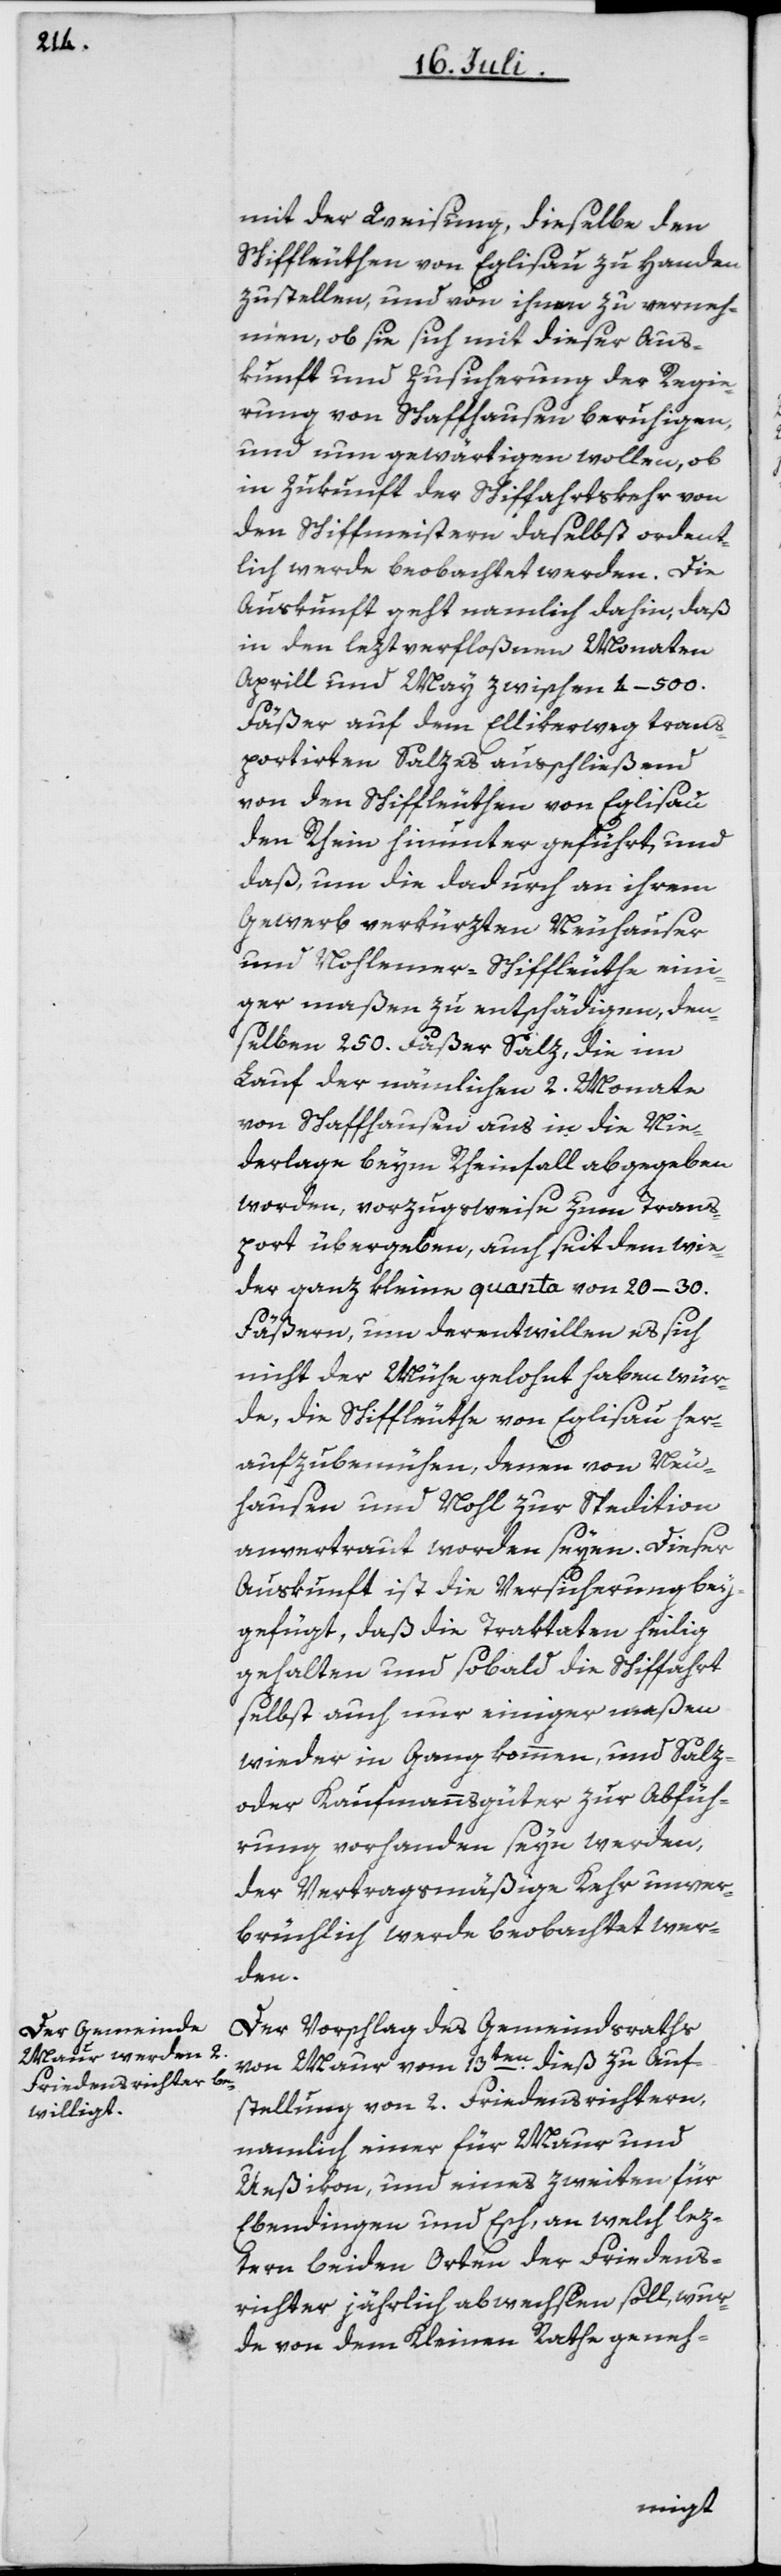
mit der Weisung, dieselbe den
Schiffleuthen von Eglisau zu Handen
zu stellen, und von ihnen zu verneh¬
men, ob sie sich mit dieser Aus¬
kunft und Zusicherung der Regie¬
rung von Schaffhausen beruhigen,
und nun gewärtigen wollen, ob
in Zukunft der Schiffahrtskehr von
den Schiffmeistern daselbst ordent¬
lich werde beobachtet werden. Die
Auskunft geht namlich dahin, daß
in den leztverfloßnen Monaten
Aprill und May zwischen 4–500.
Fäßer auf dem Ellikerweg trans¬
portirten Salzes ausschließend
von den Schiffleuthen von Eglisau
den Rhein hinunter geführt, und
daß, um die dadurch an ihrem
Gewerb verkürzten Neuhauser
und Nohlemer-Schiffleuthe eini¬
ger maßen zu entschädigen, den¬
selben 250. Fäßer Salz, die im
Lauf der nämlichen 2. Monate
von Schaffhausen aus in die Nie¬
derlage beym Rheinfall abgegeben
worden, vorzugsweise zum Trans¬
port übergeben, auch seit dem wie¬
der ganz kleine quanta von 20–30.
Fäßern, um derentwillen es sich
nicht der Mühe gelohnt haben wür¬
de, die Schiffleuthe von Eglisau her¬
aufzubemühen, denen von Neu¬
hausen und Nohl zur Spedition
anvertraut worden seyen. Dieser
Auskunft ist die Versicherung bey¬
gefügt, daß die Traktaten heilig
gehalten und sobald die Schiffahrt
selbst auch nur einigermaßen
wieder in Gang kommen, und Salz-
oder Kaufmannsgüter zur Abfüh¬
rung vorhanden seyn werden,
der Vertragmäßige Kehr unver¬
brüchlich werde beobachtet wer¬
den.
Der Vorschlag des Gemeindsraths
von Maur vom 13ten dieß zu Auf¬
stellung von 2. Friedensrichtern,
namlich einer für Maur und
Ueßikon, und eines zweiten für
Ebendingen und Esch, an welch lez¬
tern beiden Orten der Friedens¬
richter jährlich abwechslen soll, wur¬
de von dem Kleinen Rathe geneh-